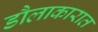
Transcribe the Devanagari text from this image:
डौलाकारात